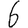
Digit: 6